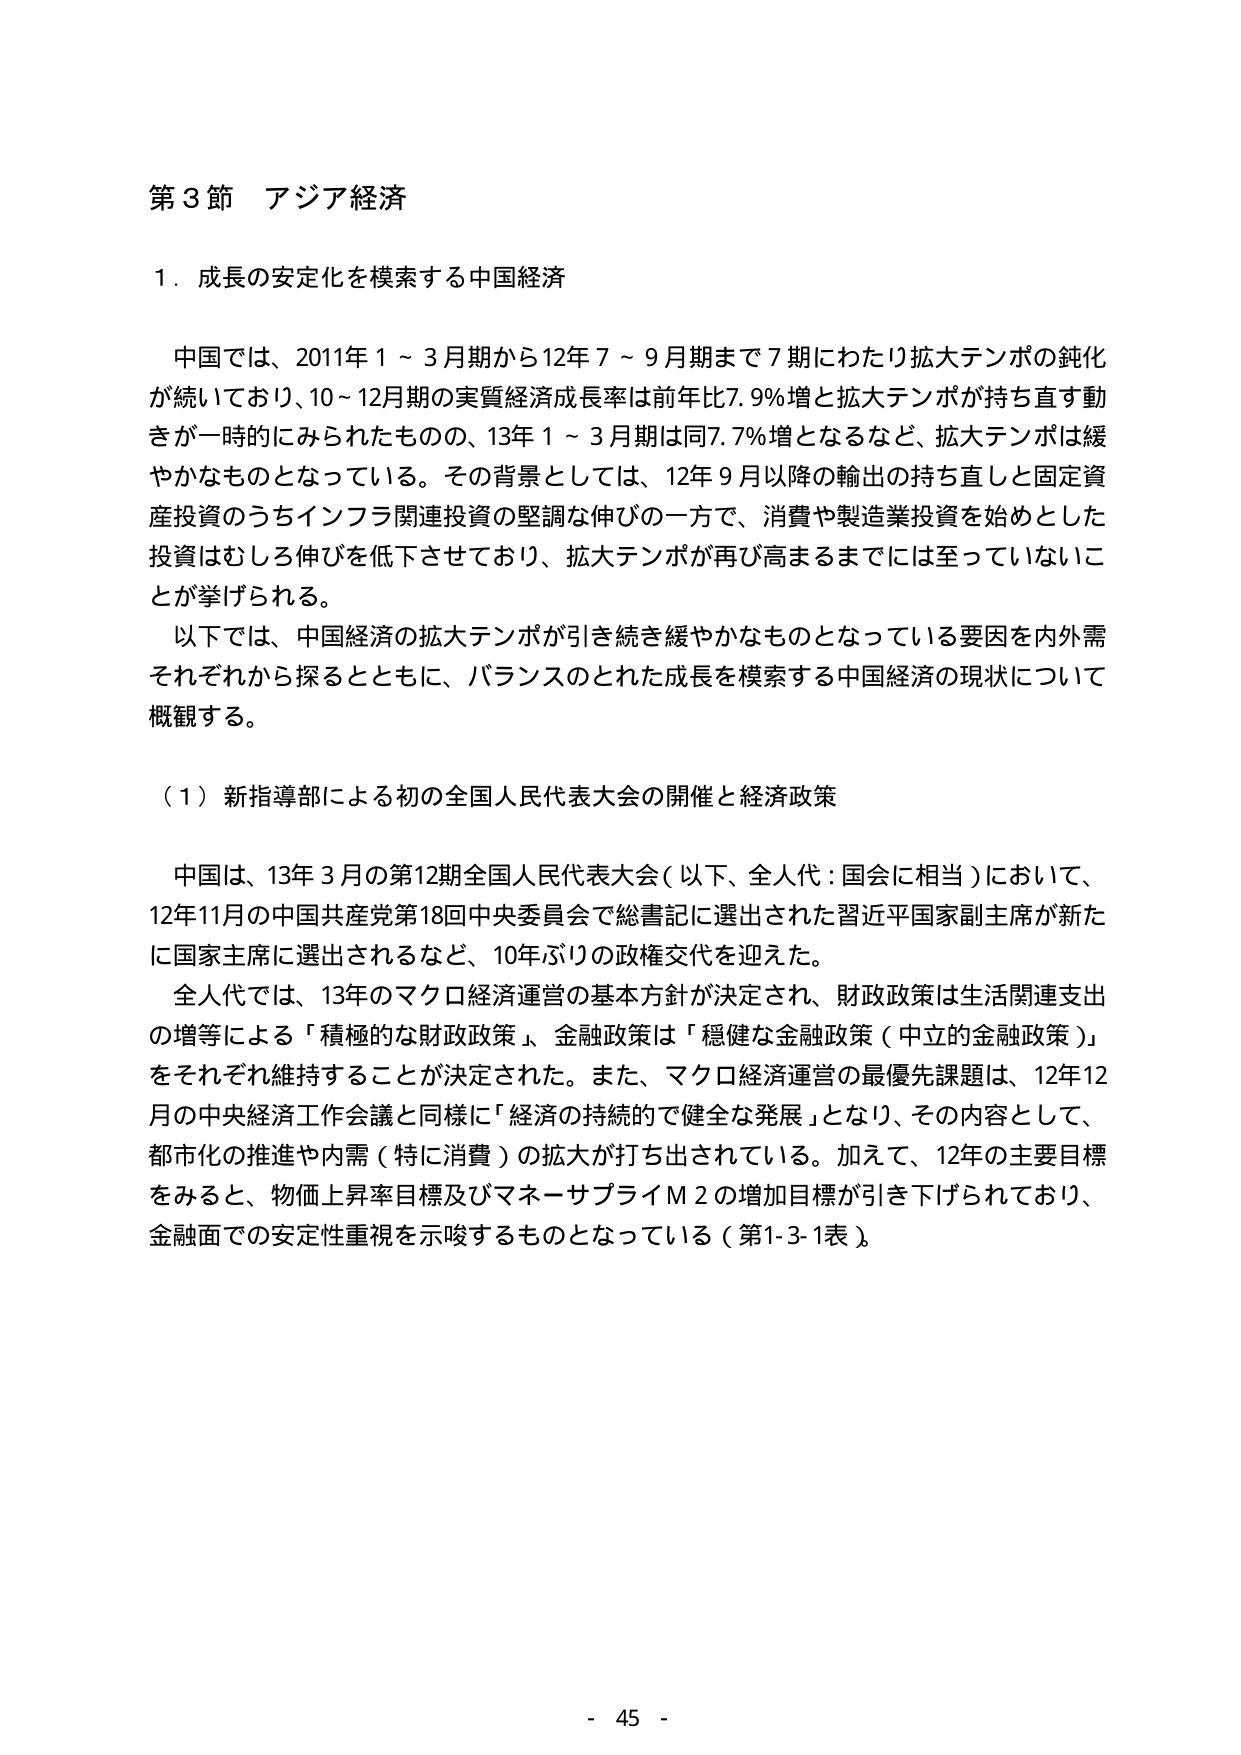
第3節 アジア経済

1．成長の安定化を模索する中国経済

中国では、2011年1～3月期から12年7～9月期まで7期にわたり拡大テンポの鈍化が続いており、10～12月期の実質経済成長率は前年比7.9％増と拡大テンポが持ち直す動きが一時的にみられたものの、13年1～3月期は同7.7％増となるなど、拡大テンポは緩やかなものとなっている。その背景としては、12年9月以降の輸出の持ち直しと固定資産投資のうちインフラ関連投資の堅調な伸びの一方で、消費や製造業投資を始めとした投資はむしろ伸びを低下させており、拡大テンポが再び高まるまでには至っていないことが挙げられる。

以下では、中国経済の拡大テンポが引き続き緩やかなものとなっている要因を内外需それぞれから探るとともに、バランスのとれた成長を模索する中国経済の現状について概観する。

（1）新指導部による初の全国人民代表大会の開催と経済政策

中国は、13年3月の第12期全国人民代表大会（以下、全人代：国会に相当）において、12年11月の中国共産党第18回中央委員会で総書記に選出された習近平国家副主席が新たに国家主席に選出されるなど、10年ぶりの政権交代を迎えた。

全人代では、13年のマクロ経済運営の基本方針が決定され、財政政策は生活関連支出の増等による「積極的な財政政策」、金融政策は「穏健な金融政策（中立的金融政策）」をそれぞれ維持することが決定された。また、マクロ経済運営の最優先課題は、12年12月の中央経済工作会議と同様に「経済の持続的で健全な発展」となり、その内容として、都市化の推進や内需（特に消費）の拡大が打ち出されている。加えて、12年の主要目標をみると、物価上昇率目標及びマネーサプライM2の増加目標が引き下げられており、金融面での安定性重視を示唆するものとなっている（第1-3-1表）。

- 45 -